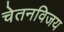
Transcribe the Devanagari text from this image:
चेतनविजय